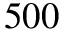
5 0 0